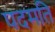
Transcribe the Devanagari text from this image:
पदमति